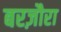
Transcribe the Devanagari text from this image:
बरज़ौरा